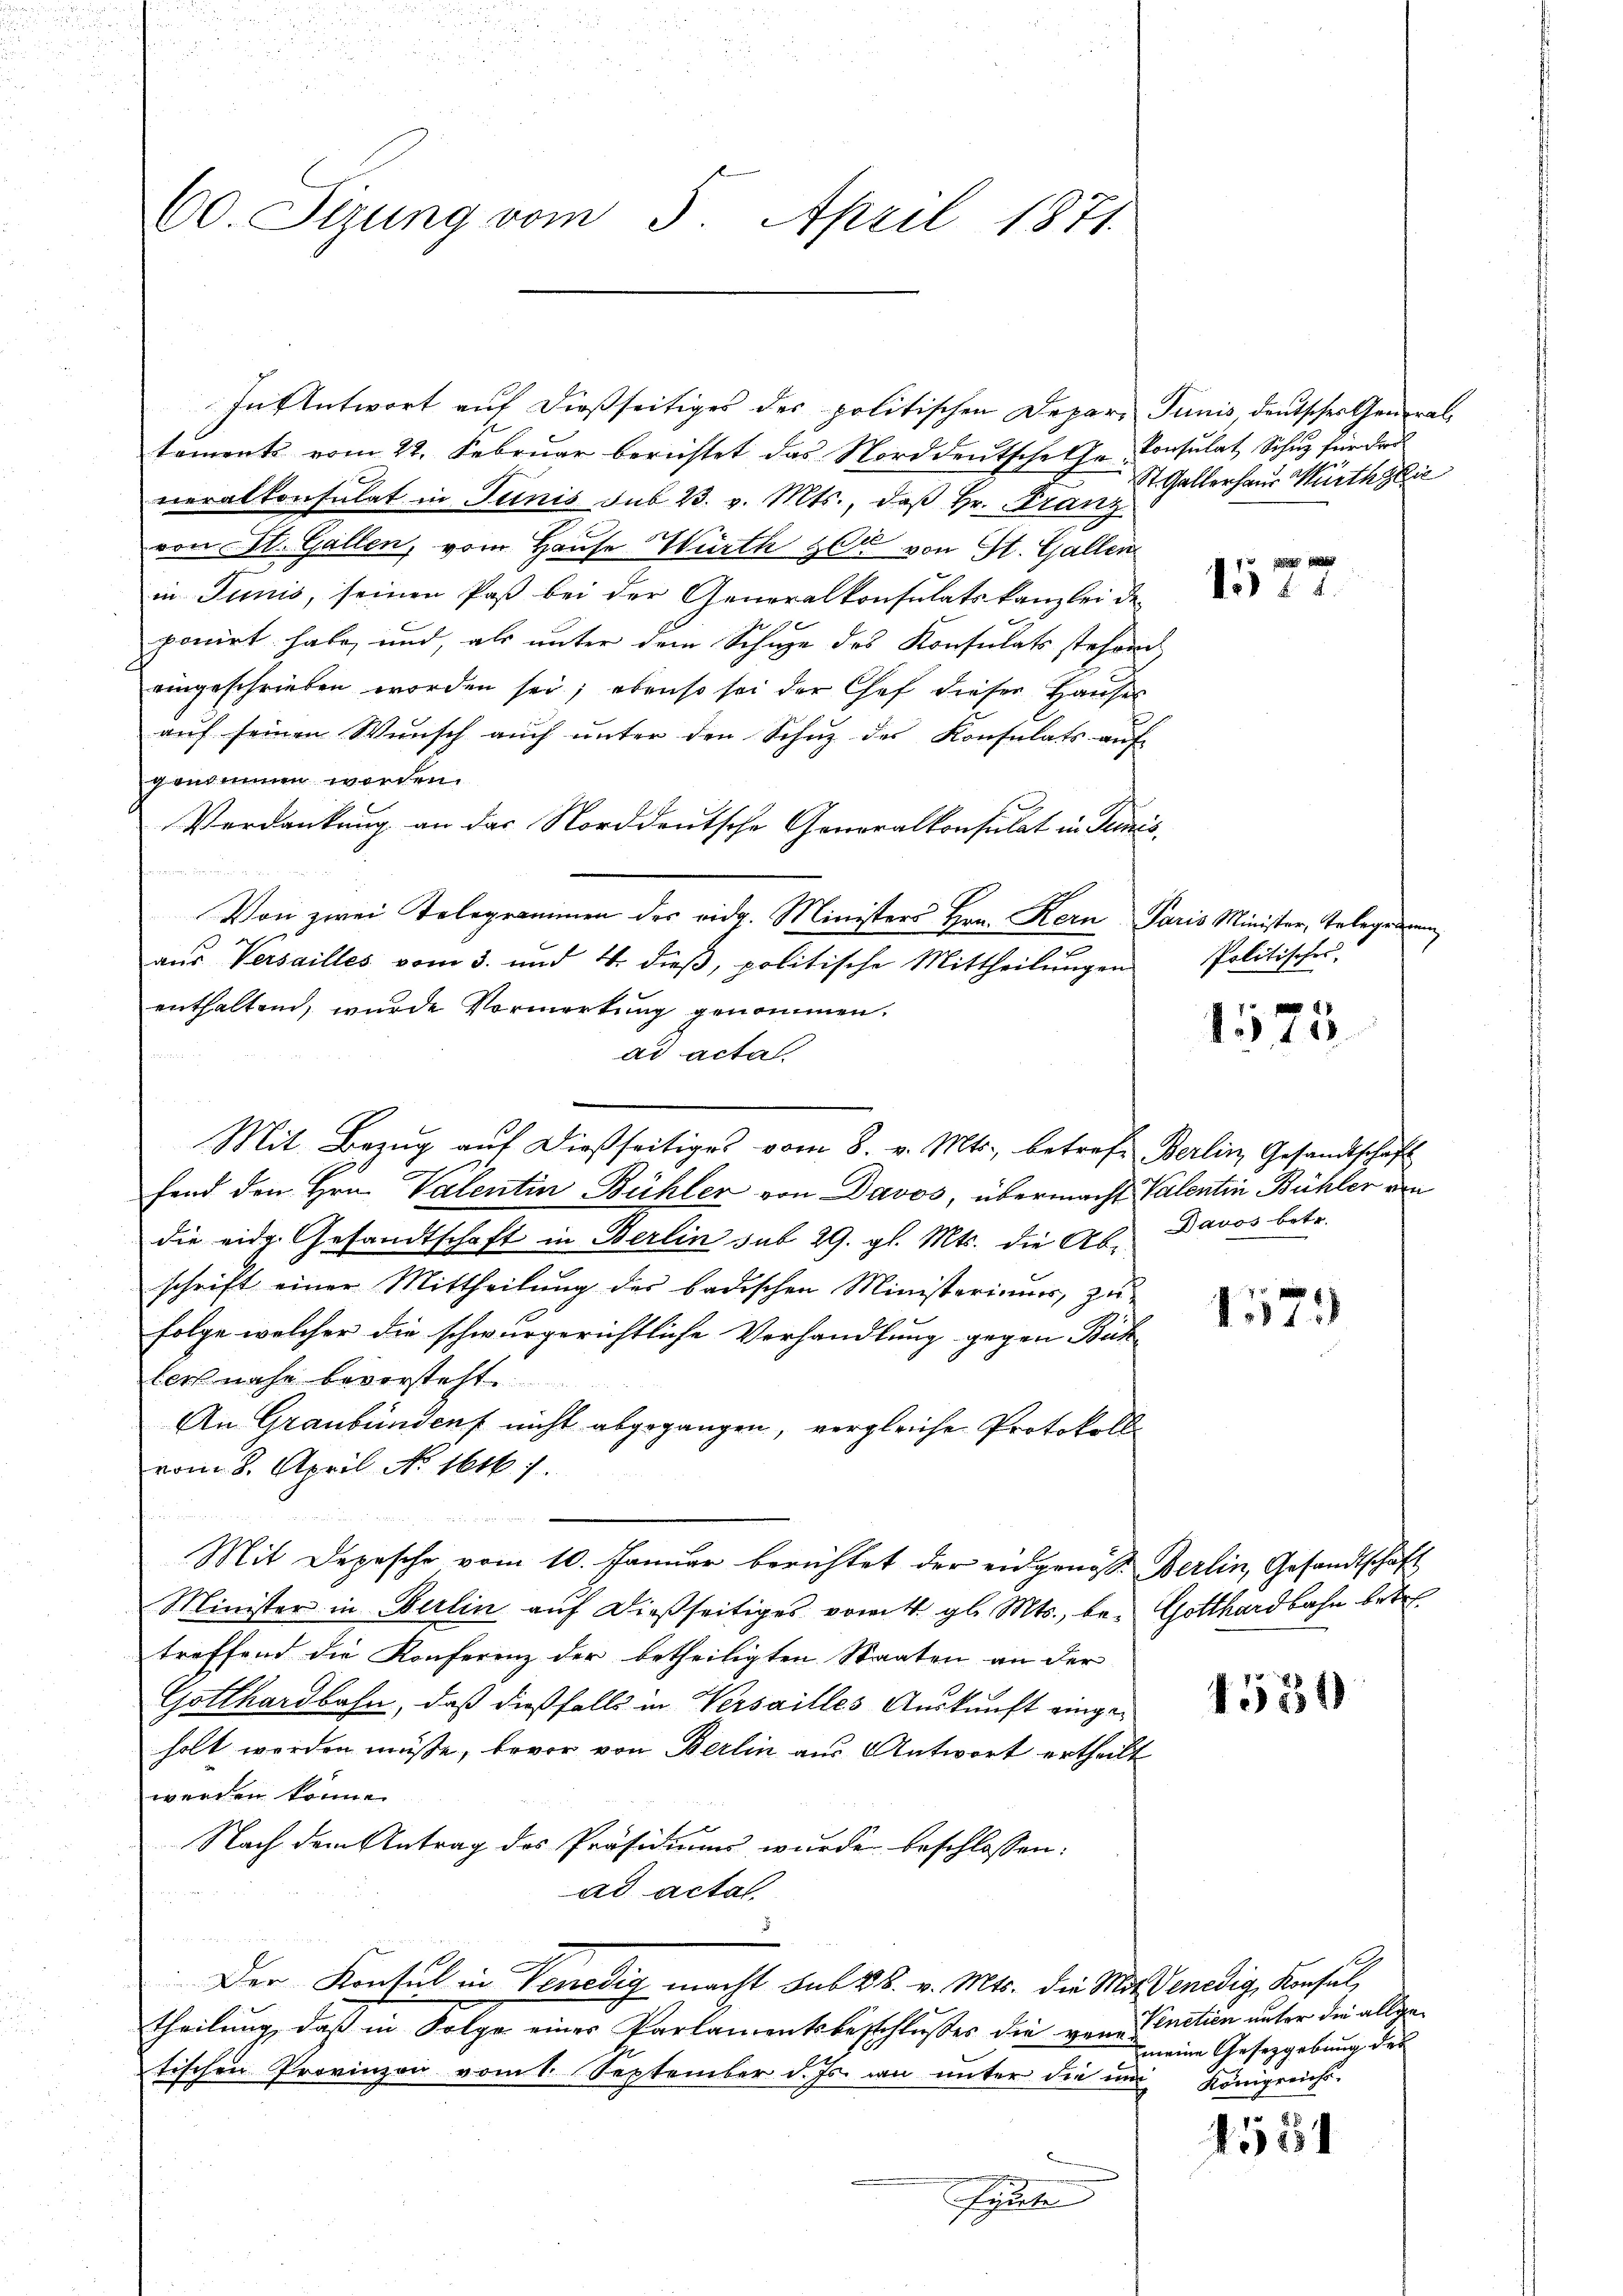
100. Sizung vom 5. April 1871.

tements vom 22. Februar berichtet das Norddeutsche Ge- Consulat Schuz für das
neralkonsulat in Tunis sub 23. v. Mts., daß Hr. Franz
von St. Gallen, vom Hause Würth zur von St. Gallen
in Junis, seinen Paß bei der Generalkonsulatskanzlei de
ponirt habe, und, als unter dem Schüge des Konsulats stehend
eingeschrieben worden sei; ebenso sei der Chef dieser Hauses
auf seinen Wunsch auch unter den Schuz des Konsulats auf
genommen worden.
Verdankung an das Norddeutsche Generalkonsulat in Termis
Von zwei Telegrammen des eidg. Ministers Hrn. Kern Paris Minister, Telegramm
7
aus Versailles vom 3. und 4. dieß, politische Mittheilungen
enthaltend, wurde Vormerkŭng genommen.
ad acta.
Mit Bezug auf dießseitiges vom 8. v. Mts., betreff Berlin, Gesandtschaft
fend den Hrn. Valentin Bühler von Davos, übermacht Valentin Bühler von
die eidg. Gesandtschaft in Berlin sub 29. gl. Mts. die Ab- Davos betr.
schrift einer Mittheilung der badischen Ministerimus, zu-
folge welcher die schwurgerichtliche Verhandlung gegen Büch
lers nahe bevorsteht
An Graubünden nicht abgegangen, vergleiche Protokoll
vom 8. April No 1616. 1.
Mit Depesche vom 10. Januar berichtet der eidgenös. Berlin, Gesandtschaft
Minister in Berlin auf dießseitiges vom 4. gl. Mts., be- Gotthardbahn betr.
treffend die Konferenz der betheiligten Staaten an der
Gotthardbahn, daß dießfalls in Versailles Auskunft eingeholt werden müße, bevor von Berlin aus Antwort ertheilt
werden könne.
Nach dem Antrag des Präsidiums wurde beschlossen:
ad actal.
u
Der Konsul in Venedig macht sub 28. v. Mts. die Mit Venedig, Konsul
theilung, daß in Folge einer Parlamentsbeschlußes die gene Vinction unter die allgetischen Provinzon vom 1. September d. Js. an unter die und Königreichs-
fierten

In Antwort auf dießseitiges der politischen Depar- Junis, Deutscher General¬

St. Gallerhaus Würthylie

do 21.

Politisches.

1575

1573

4554

meine Gesetzgebung des

n
51